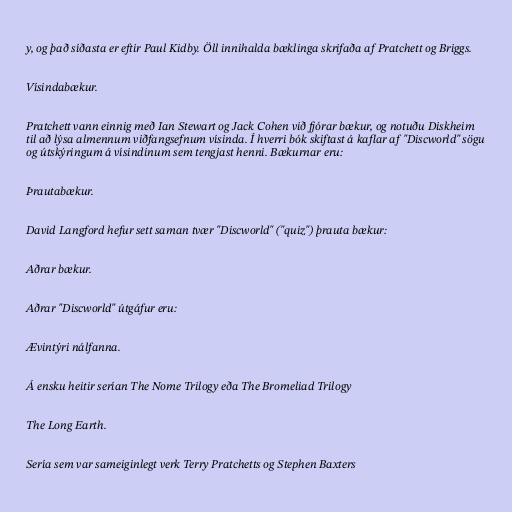
y, og það síðasta er eftir Paul Kidby. Öll innihalda bæklinga skrifaða af Pratchett og Briggs.

Vísindabækur.

Pratchett vann einnig með Ian Stewart og Jack Cohen við fjórar bækur, og notuðu Diskheim
til að lýsa almennum viðfangsefnum vísinda. Í hverri bók skiftast á kaflar af "Discworld" sögu
og útskýringum á vísindinum sem tengjast henni. Bækurnar eru:

Þrautabækur.

David Langford hefur sett saman tvær "Discworld" ("quiz") þrauta bækur:

Aðrar bækur.

Aðrar "Discworld" útgáfur eru:

Ævintýri nálfanna.

Á ensku heitir serían The Nome Trilogy eða The Bromeliad Trilogy

The Long Earth.

Sería sem var sameiginlegt verk Terry Pratchetts og Stephen Baxters